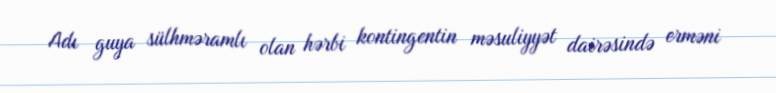
Adı guya sülhməramlı olan hərbi kontingentin məsuliyyət dairəsində erməni